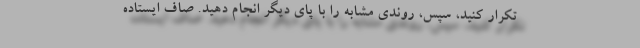
تکرار کنید، سپس، روندی مشابه را با پای دیگر انجام دهید. صاف ایستاده